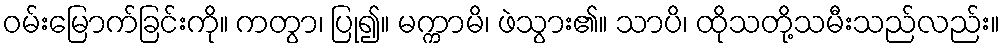
ဝမ်းမြောက်ခြင်းကို။ ကတွာ၊ ပြု၍။ မက္ကာမိ၊ ဖဲသွား၏။ သာပိ၊ ထိုသတို့သမီးသည်လည်း။